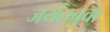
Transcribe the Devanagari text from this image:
जयंतबुवा